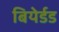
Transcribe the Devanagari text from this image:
बियेर्डड